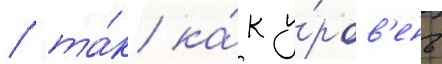
/ та́к ка́к у́ров'ень